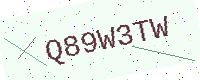
Text: Q89W3TW